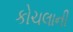
કોચલાની